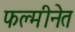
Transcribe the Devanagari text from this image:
फल्मीनेत